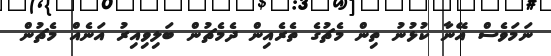
ނަމަވެސް އޭނާ ކުޅުނު ތިން މެޗުގެ ތެރެއިން ދެމެޗުން ބަލިވިއިރު އަނެއް މެޗުން